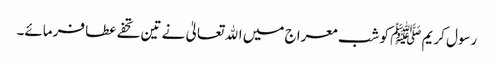
رسول کریم ﷺ کو شب معراج میں اﷲ تعالیٰ نے تین تحفے عطا فرمائے۔